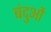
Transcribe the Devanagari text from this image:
बंदुओं